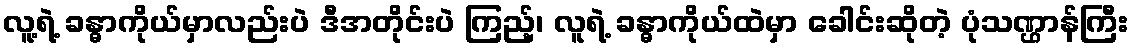
လူ့ရဲ့ ခန္ဓာကိုယ်မှာလည်းပဲ ဒီအတိုင်းပဲ ကြည့်၊ လူရဲ့ ခန္ဓာကိုယ်ထဲမှာ ခေါင်းဆိုတဲ့ ပုံသဏ္ဌာန်ကြီး